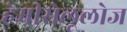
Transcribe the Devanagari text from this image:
हेमीसेलूलोज